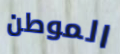
الموطن